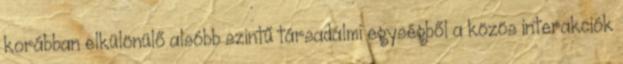
korábban elkülönülő alsóbb szintű társadalmi egységből a közös interakciók